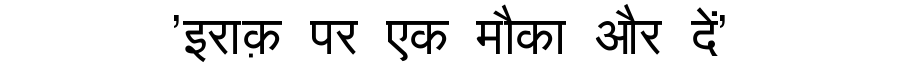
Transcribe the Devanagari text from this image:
'इराक़ पर एक मौका और दें'